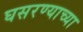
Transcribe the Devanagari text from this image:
घसरण्याच्या